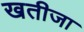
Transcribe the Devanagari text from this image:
खतीजा